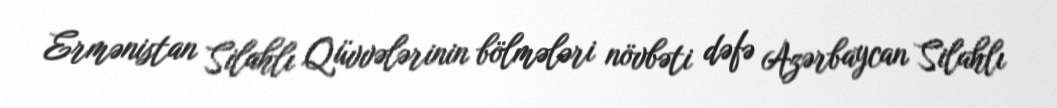
Ermənistan Silahlı Qüvvələrinin bölmələri növbəti dəfə Azərbaycan Silahlı